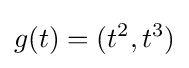
g(t)=(t^{2},t^{3})